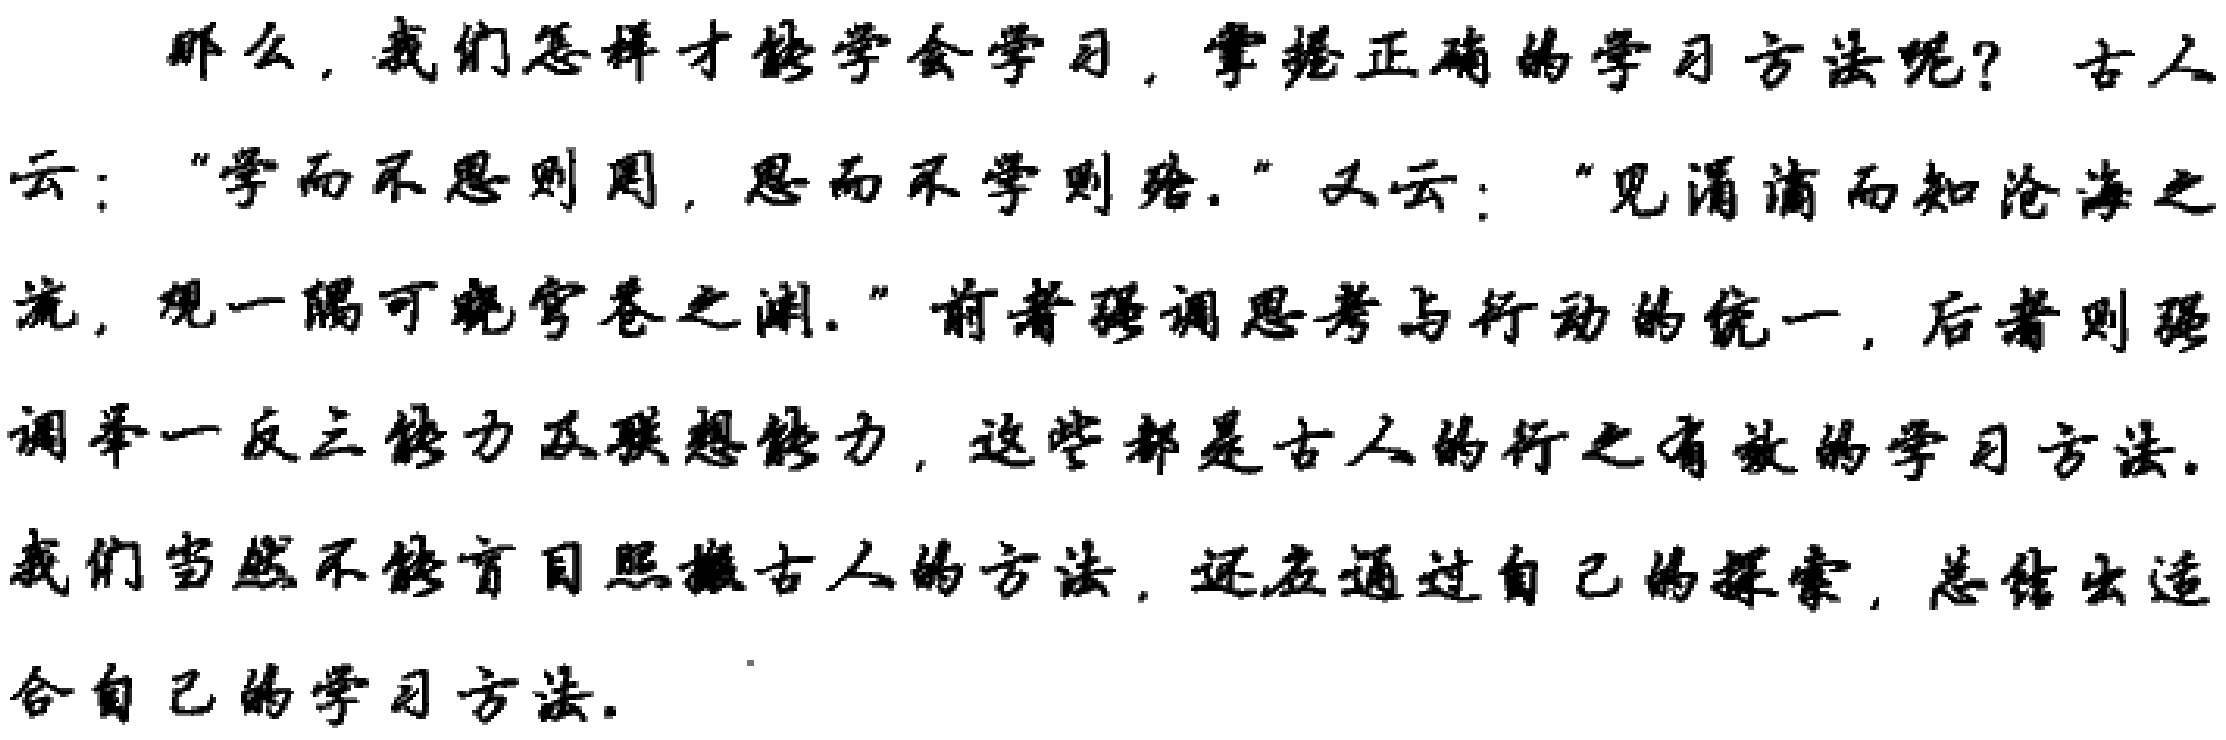
那么，我们怎样才能学会学习，掌握正确的学习方法呢？古人云：“学而不思则罔，思而不学则殆.” 又云：“见涓滴而知沧海之流，观一隅可晓穹苍之渊.” 前者强调思考与行动的统一，后者则强调举一反三能力及联想能力，这些都是古人的行之有效的学习方法. 我们当然不能盲目照搬古人的方法，还应通过自己的探索，总结出适合自己的学习方法.